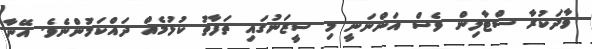
ވާދަކުރާ ސްޓާލިން ވެސް އަންނަނީ މި ސީޒަނުގައި ތަފާތު ކުޅުމެއް ދައްކަމުންނެވެ. އޭނާ